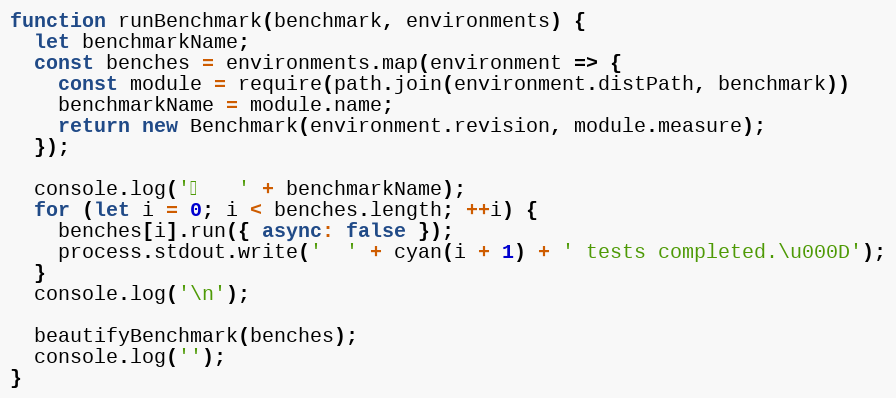
Language: JavaScript
function runBenchmark(benchmark, environments) {
  let benchmarkName;
  const benches = environments.map(environment => {
    const module = require(path.join(environment.distPath, benchmark))
    benchmarkName = module.name;
    return new Benchmark(environment.revision, module.measure);
  });

  console.log('⏱️   ' + benchmarkName);
  for (let i = 0; i < benches.length; ++i) {
    benches[i].run({ async: false });
    process.stdout.write('  ' + cyan(i + 1) + ' tests completed.\u000D');
  }
  console.log('\n');

  beautifyBenchmark(benches);
  console.log('');
}